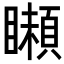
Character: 𩔠